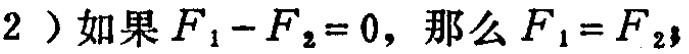
（2）如果\(F_{1}-F_{2}=0\)，那么\(F_{1}=F_{2}\)